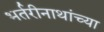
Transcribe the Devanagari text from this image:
भर्तरीनाथांच्या